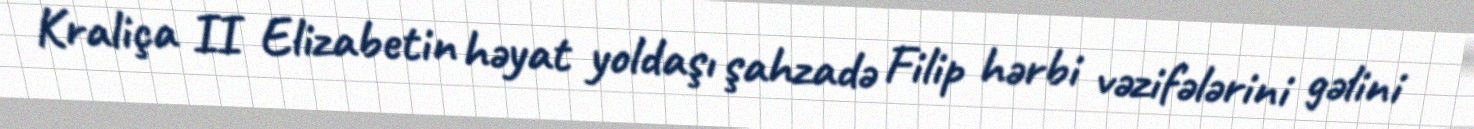
Kraliça II Elizabetin həyat yoldaşı şahzadə Filip hərbi vəzifələrini gəlini